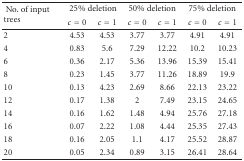
<table><thead><tr><td rowspan="2"><b> No. of input trees</b></td><td colspan="2"><b> 25% deletion</b></td><td colspan="2"><b> 50% deletion</b></td><td colspan="2"><b> 75% deletion</b></td></tr><tr><td><b><i>c</i> = 0</b></td><td><b><i>c</i> = 1</b></td><td><b><i>c</i> = 0</b></td><td><b><i>c</i> = 1</b></td><td><b><i>c</i> = 0</b></td><td><b><i>c</i> = 1</b></td></tr></thead><tbody><tr><td> 2</td><td> 4.53</td><td>4.53</td><td> 3.77</td><td> 3.77</td><td> 4.91</td><td> 4.91</td></tr><tr><td>4</td><td> 0.83</td><td>5.6</td><td> 7.29</td><td> 12.22</td><td> 10.2</td><td> 10.23</td></tr><tr><td>6</td><td> 0.36</td><td>2.17</td><td> 5.36</td><td> 13.96</td><td> 15.39</td><td> 15.41</td></tr><tr><td>8</td><td> 0.23</td><td>1.45</td><td> 3.77</td><td> 11.26</td><td> 18.89</td><td> 19.9</td></tr><tr><td>10</td><td> 0.13</td><td>4.23</td><td> 2.69</td><td> 8.66</td><td> 22.13</td><td> 23.22</td></tr><tr><td>12</td><td> 0.17</td><td>1.38</td><td> 2</td><td> 7.49</td><td> 23.15</td><td> 24.65</td></tr><tr><td>14</td><td> 0.16</td><td>1.62</td><td> 1.48</td><td> 4.94</td><td> 25.76</td><td> 27.18</td></tr><tr><td>16</td><td> 0.07</td><td>2.22</td><td> 1.08</td><td> 4.44</td><td> 25.35</td><td> 27.43</td></tr><tr><td>18</td><td> 0.16</td><td>2.05</td><td> 1.1</td><td> 4.17</td><td> 25.52</td><td> 28.87</td></tr><tr><td>20</td><td> 0.05</td><td>2.34</td><td> 0.89</td><td> 3.15</td><td> 26.41</td><td> 28.64</td></tr></tbody></table>